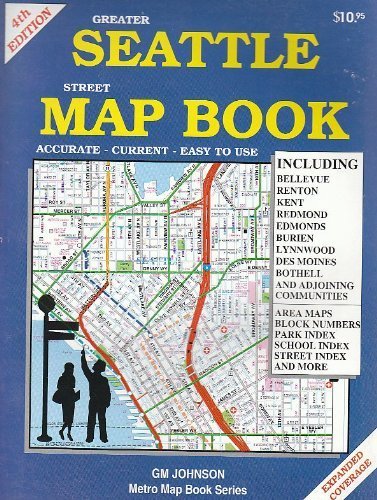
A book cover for Greater Seattle Street Map Book; GM Johnson & Associates Ltd; Travel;